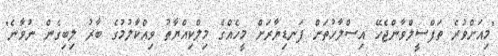
"މިއަށްވުރެ ތަފްސީލްވާންޖެހޭ އިސްލާހުތަށް ފަނޑިޔާރަށް މީހެއްގެ މިލްކިއްޔާތު ވިއްކާލުމުގެ ބާރު ލިބިގެން ނުވާނެ"